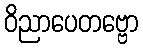
ဝိညာပေတဗ္ဗော